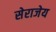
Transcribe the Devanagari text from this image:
सेराजेय